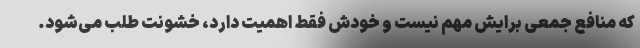
که منافع جمعی برایش مهم نیست و خودش فقط اهمیت دارد، خشونت طلب می‌شود.